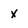
Character: x